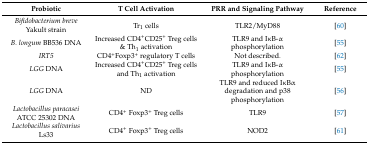
<table><thead><tr><td><b>Probiotic</b></td><td><b>T Cell Activation</b></td><td><b>PRR and Signaling Pathway</b></td><td><b>Reference</b></td></tr></thead><tbody><tr><td><i>Bifidobacterium breve</i> Yakult strain</td><td>Tr<sub>1</sub> cells </td><td>TLR2/MyD88</td><td>[60]</td></tr><tr><td><i>B. longum</i> BB536 DNA</td><td>Increased CD4<sup>+</sup>CD25<sup>+</sup> Treg cells &amp; Th<sub>1</sub> activation</td><td>TLR9 and IκB-α phosphorylation</td><td>[55]</td></tr><tr><td><i>IRT5</i></td><td>CD4<sup>+</sup>Foxp3<sup>+</sup> regulatory T cells</td><td>Not described.</td><td>[62]</td></tr><tr><td><i>LGG</i> DNA</td><td>Increased CD4<sup>+</sup>CD25<sup>+</sup> Treg cells and Th<sub>1</sub> activation</td><td>TLR9 and IκB-α phosphorylation</td><td>[55]</td></tr><tr><td><i>LGG</i> DNA</td><td>ND</td><td>TLR9 and reduced IκBα degradation and p38 phosphorylation</td><td>[56]</td></tr><tr><td><i>Lactobacillus paracasei</i> ATCC 25302 DNA</td><td>CD4<sup>+</sup> Foxp3<sup>+</sup> Treg cells</td><td>TLR9</td><td>[57]</td></tr><tr><td><i>Lactobacillus salivarius</i> Ls33</td><td>CD4<sup>+</sup> Foxp3<sup>+</sup> Treg cells</td><td>NOD2</td><td>[61]</td></tr></tbody></table>